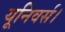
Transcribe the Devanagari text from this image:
यूनिवर्स।